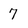
Character: 7